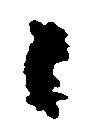
々